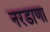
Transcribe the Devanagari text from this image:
नरडाणा